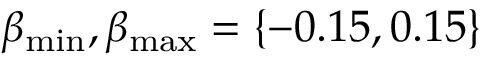
\beta _ { \mathrm { m i n } } , \beta _ { \mathrm { m a x } } = \{ - 0 . 1 5 , 0 . 1 5 \}